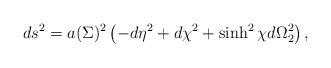
LaTeX: \begin{align*}ds^2=a(\Sigma)^2\left(-d\eta^2+d\chi^2+\sinh^2 \chi d\Omega_2^2\right) ,\end{align*}